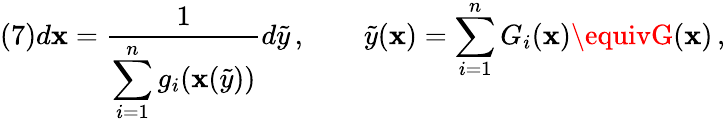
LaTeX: (7)d\mathbf{x}=\frac{1}{{\displaystyle\sum_{i=1}^{n}g_{i}(\mathbf{x}(\tilde{{y}}))}}d\tilde{{y}}\, ,\qquad\tilde{{y}}(\mathbf{x})=\sum_{i=1}^{n}G_{i}(\mathbf{x})\equivG(\mathbf{x})\, ,